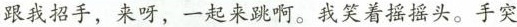
跟我招手，来呀，一起来跳啊。我笑着摇摇头。手突